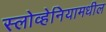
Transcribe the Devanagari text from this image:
स्लोव्हेनियामधील